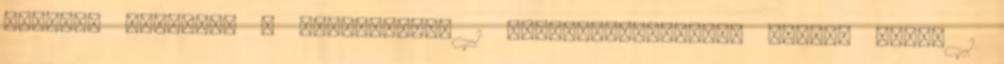
Rohling Ágoston: A talmudzsidó 1 RudyardKipling:Az ötödik folyó 1